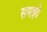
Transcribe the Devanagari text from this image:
समझ्ते